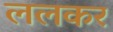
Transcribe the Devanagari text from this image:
ललकर